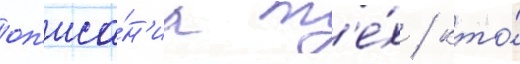
оп'иса́н'иа т'е́х / кто́